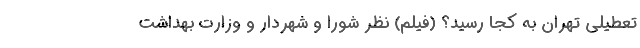
تعطیلی تهران به کجا رسید؟ (فیلم) نظر شورا و شهردار و وزارت بهداشت